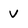
Character: v